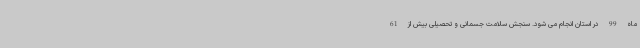
ماه 99 در استان انجام می شود. سنجش سلامت جسمانی و تحصیلی بیش از 61